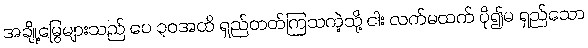
အချို့မြွေများသည် ပေ ၃၀အထိ ရှည်တတ်ကြသကဲ့သို့ ငါး လက်မထက် ပို၍မ ရှည်သော